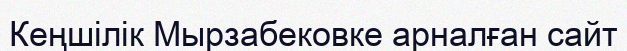
Кеңшілік Мырзабековке арналған сайт